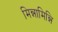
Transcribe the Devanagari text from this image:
मिन्नामिन्नि